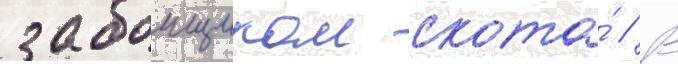
забоищиком скота́ // В